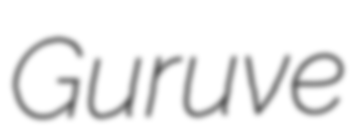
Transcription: Guruve